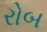
રોબ